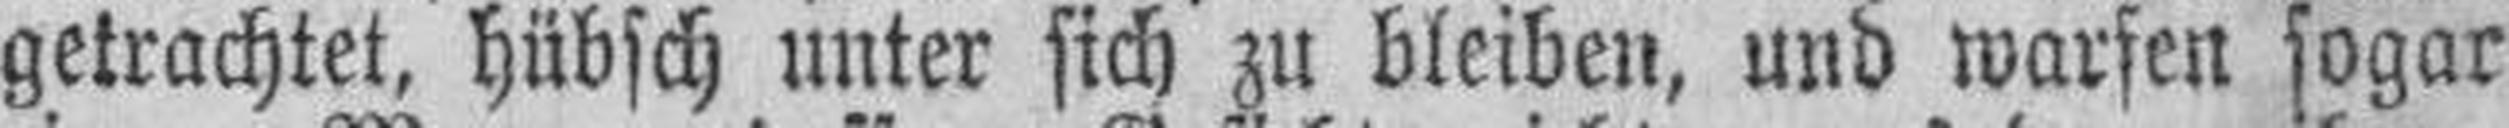
getrachtet, hübsch unter sich zu bleiben, und warfen sogar